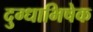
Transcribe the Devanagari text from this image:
दुग्‍धाभिषेक